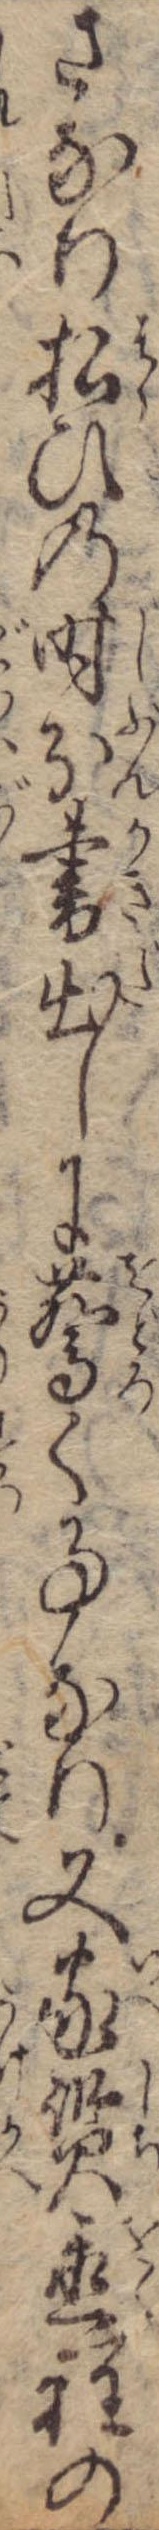
さなり払ひの時分書出しに驚く事なり又家質置程の